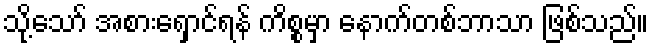
သို့သော် အစားရှောင်ရန် ကိစ္စမှာ နောက်တစ်ဘာသာ ဖြစ်သည်။